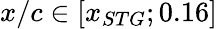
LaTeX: x/c\in[x_{STG};0.16]